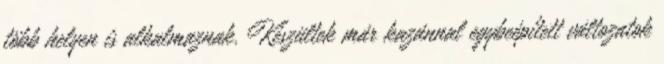
több helyen is alkalmaznak. Készültek már kazánnal egybeépített változatok